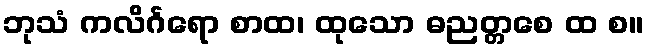
ဘုသံ ကလိင်္ဂရော စာထ၊ ထုသော ဓညတ္တစေ ထ စ။